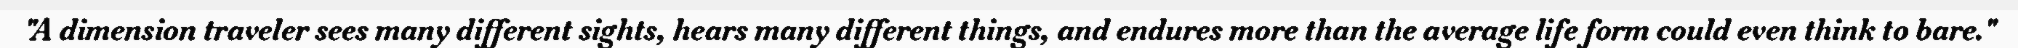
"A dimension traveler sees many different sights, hears many different things, and endures more than the average life form could even think to bare."